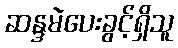
ဆန္ဒမဲပေးခွင့်ရှိသူ